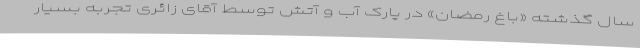
سال گذشته «باغ رمضان» در پارک آب و آتش توسط آقای زائری تجربه بسیار